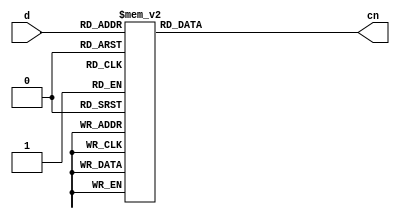
module sub_dis  (
    input [3:0] d,
    output reg [6:0] cn
);
    always@(*)begin
        //
        case(d)
            4'b0000:cn = 7'b1000000;
            4'b0001:cn = 7'b1111001;
            4'b0010:cn = 7'b0100100;
            4'b0011:cn = 7'b0110000;

            4'b0100:cn = 7'b0011001;
            4'b0101:cn = 7'b0010010;
            4'b0110:cn = 7'b0000010;
            4'b0111:cn = 7'b1111000;

            4'b1000:cn = 7'b0000000;
            4'b1001:cn = 7'b0010000;
            4'b1010:cn = 7'b0001000;//a
            4'b1011:cn = 7'b0000011;//b

            4'b1100:cn = 7'b1000110;//c
            4'b1101:cn = 7'b0100001;//d
            4'b1110:cn = 7'b0000110;//e
            4'b1111:cn = 7'b0001110;//f
            default:cn = 7'bxxxxxxx;
            
        endcase
    end
    





    
endmodule